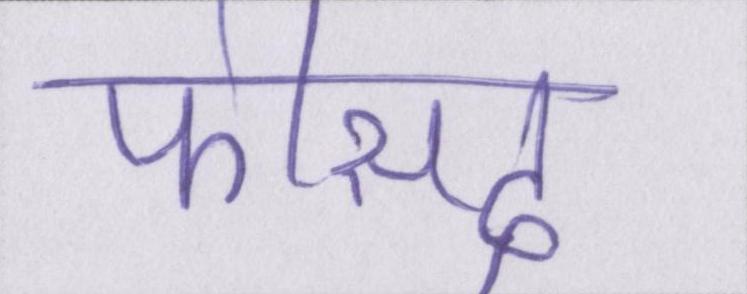
फीसद